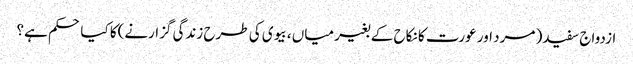
ازدواج سفید( مرد اور عورت کا نکاح کے بغیر میاں ، بیوی کی طرح زندگی گزارنے)کا کیا حکم ہے؟